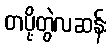
တပို့တွဲလဆန်း